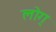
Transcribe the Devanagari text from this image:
लोग्